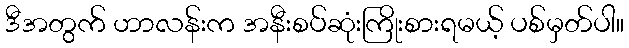
ဒီအတွက် ဟာလန်းက အနီးစပ်ဆုံးကြိုးစားရမယ့် ပစ်မှတ်ပါ။